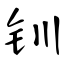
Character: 钏